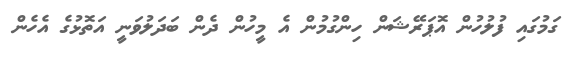
ގަމުގައި ފުލުހުން އޮޕަރޭޝަން ހިންގުމުން އެ މީހުން ދެން ބަދަލުވަނީ އަތޮޅުގެ އެހެން